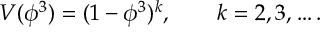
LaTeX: V ( \phi ^ { 3 } ) = ( 1 - \phi ^ { 3 } ) ^ { k } , \qquad k = 2 , 3 , \ldots .